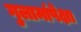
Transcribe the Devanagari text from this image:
गुलामांपेक्षा